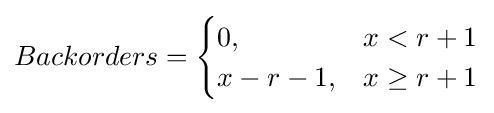
Backorders={\begin{cases}0,&x<r+1\\x-r-1,&x\geq r+1\end{cases}}